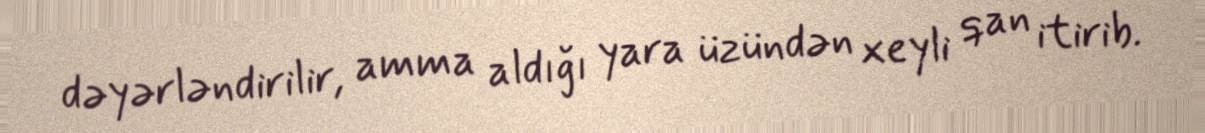
dəyərləndirilir, amma aldığı yara üzündən xeyli qan itirib.